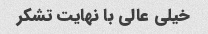
خیلی عالی با نهایت تشکر